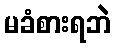
မခံစားရဘဲ